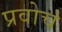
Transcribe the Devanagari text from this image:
प्रवोचं